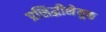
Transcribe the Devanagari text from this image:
प्रसिद्धीनेयुक्त